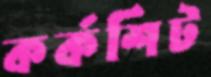
কর্কশিট